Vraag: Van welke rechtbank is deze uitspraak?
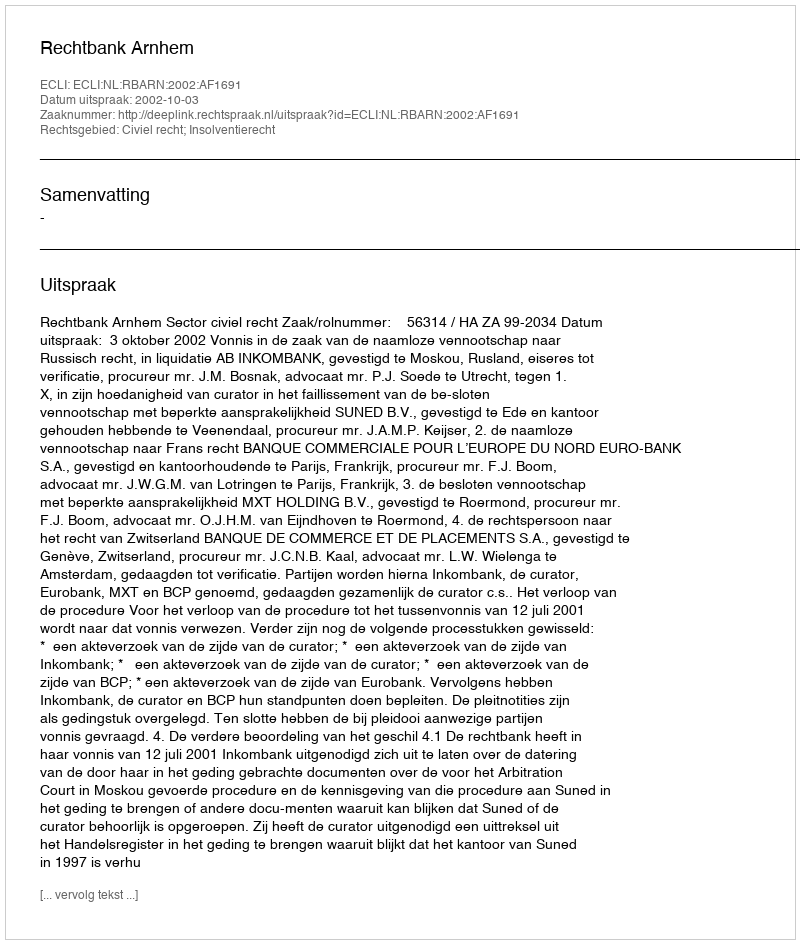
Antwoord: Rechtbank Arnhem